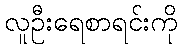
လူဦးရေစာရင်းကို